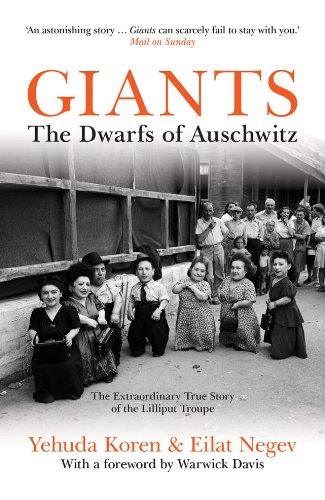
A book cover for Giants: The Dwarfs of Auschwitz; Yehuda Koren; History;